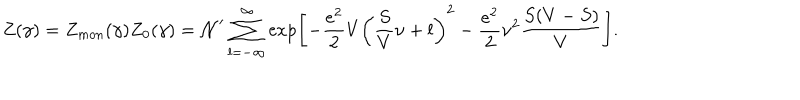
Z ( \gamma ) = Z _ { m o n } ( \gamma ) Z _ { 0 } ( \gamma ) = { \cal N } ^ { \prime } \sum _ { l = - \infty } ^ { \infty } \exp \left[ - \frac { e ^ { 2 } } { 2 } V \left( \frac { S } { V } \nu + l \right) ^ { 2 } - \frac { e ^ { 2 } } { 2 } \nu ^ { 2 } \frac { S ( V - S ) } { V } \right] .